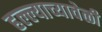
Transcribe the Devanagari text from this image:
हल्ल्याच्यावेळी